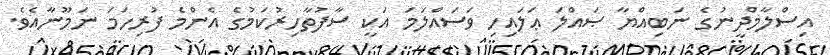
އިސްލާމްދީނުގެ ނަބިއްޔާ ޞައްލަ ޢަލައިހި ވަސައްލަމަ އަކީ ސާފުތާހިރުކަމުގެ އެންމެ ފުރިހަމަ ނަމޫނާއެވެ.